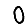
Digit: 0